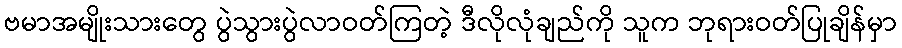
ဗမာအမျိုးသားတွေ ပွဲသွားပွဲလာဝတ်ကြတဲ့ ဒီလိုလုံချည်ကို သူက ဘုရားဝတ်ပြုချိန်မှာ